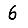
Digit: 6